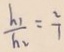
\frac { h _ { 1 } } { h _ { 2 } } = \frac { 2 } { 7 }